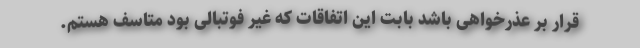
قرار بر عذرخواهی باشد بابت این اتفاقات که غیر فوتبالی بود متاسف هستم.